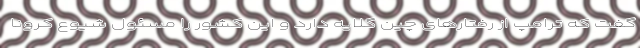
گفت که ترامپ از رفتارهای چین گلایه دارد و این کشور را مسئول شیوع کرونا